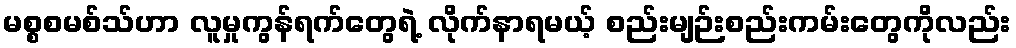
မစ္စစမစ်သ်ဟာ လူမှုကွန်ရက်တွေရဲ့ လိုက်နာရမယ့် စည်းမျဉ်းစည်းကမ်းတွေကိုလည်း